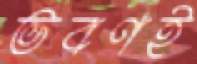
ভবণই